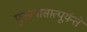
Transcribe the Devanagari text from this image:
पुनन्र्यासात्पूर्यन्ते